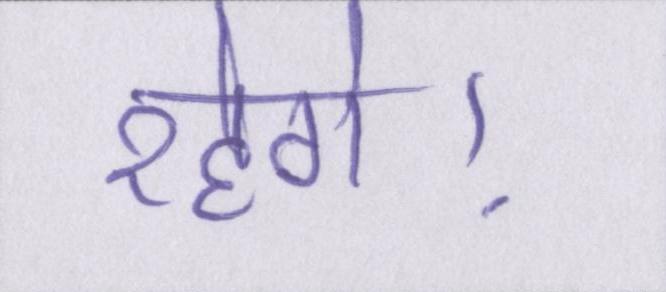
रहेगे।